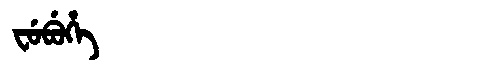
Manchu: ᠸᡠᠪᡠᡥᡝ
Romanization: FUBUHE